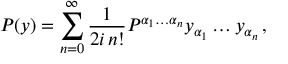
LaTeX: P ( y ) = \sum _ { n = 0 } ^ { \infty } \frac { 1 } { 2 i \, n ! } P ^ { \alpha _ { 1 } \ldots \alpha _ { n } } y _ { \alpha _ { 1 } } \ldots y _ { \alpha _ { n } } \, ,